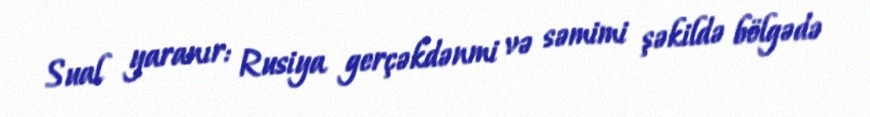
Sual yaranır: Rusiya gerçəkdənmi və səmimi şəkildə bölgədə